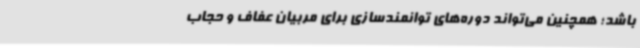
باشد؛ همچنین می‌تواند دوره‌های توانمندسازی برای مربیان عفاف و حجاب